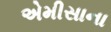
એમીસાના